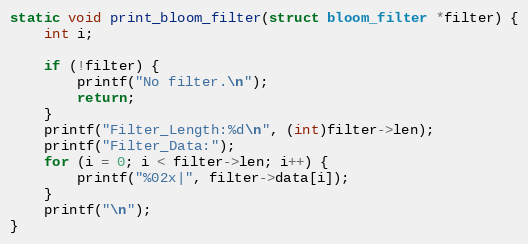
Language: C
static void print_bloom_filter(struct bloom_filter *filter) {
	int i;

	if (!filter) {
		printf("No filter.\n");
		return;
	}
	printf("Filter_Length:%d\n", (int)filter->len);
	printf("Filter_Data:");
	for (i = 0; i < filter->len; i++) {
		printf("%02x|", filter->data[i]);
	}
	printf("\n");
}